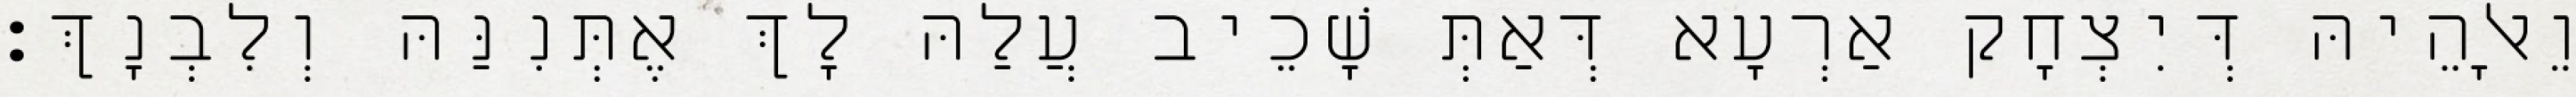
וֵאלָהֵיהּ דְּיִצְחָק אַרְעָא דְּאַתְּ שָׁכֵיב עֲלַהּ לָךְ אֶתְּנִנַּהּ וְלִבְנָךְ׃